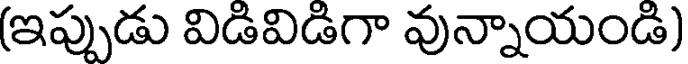
(ఇప్పుడు విడివిడిగా వున్నాయండి)